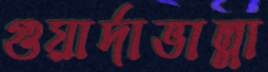
গুয়ার্দাভাল্লা